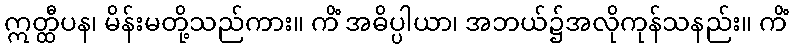
ဣတ္ထီပန၊ မိန်းမတို့သည်ကား။ ကိံ အဓိပ္ပါယာ၊ အဘယ်၌အလိုကုန်သနည်း။ ကိံ